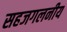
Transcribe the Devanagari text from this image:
सहजगलनीय